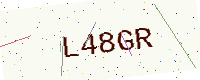
Text: L48GR